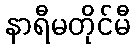
နာရီမတိုင်မီ